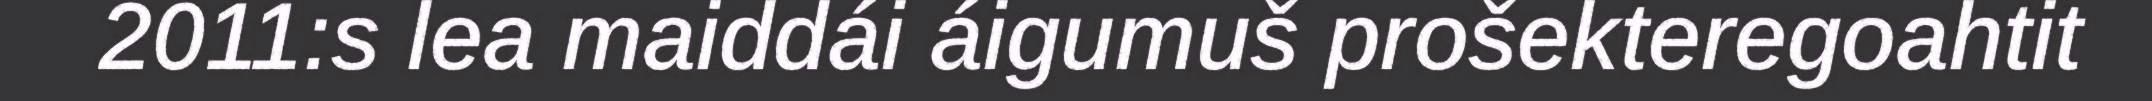
2011:s lea maiddái áigumuš prošekteregoahtit